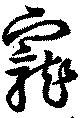
寵